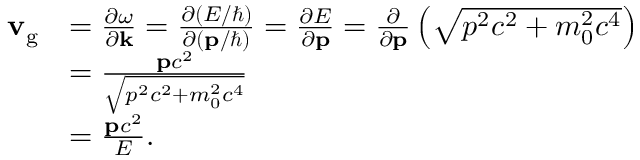
{ \begin{array} { r l } { \mathbf { v } _ { \mathrm { g } } } & { = { \frac { \partial \omega } { \partial \mathbf { k } } } = { \frac { \partial ( E / \hbar ) } { \partial ( \mathbf { p } / \hbar ) } } = { \frac { \partial E } { \partial \mathbf { p } } } = { \frac { \partial } { \partial \mathbf { p } } } \left( { \sqrt { p ^ { 2 } c ^ { 2 } + m _ { 0 } ^ { 2 } c ^ { 4 } } } \right) } \\ & { = { \frac { \mathbf { p } c ^ { 2 } } { \sqrt { p ^ { 2 } c ^ { 2 } + m _ { 0 } ^ { 2 } c ^ { 4 } } } } } \\ & { = { \frac { \mathbf { p } c ^ { 2 } } { E } } . } \end{array} }